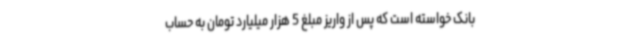
بانک خواسته است که پس از واریز مبلغ 5 هزار میلیارد تومان به حساب